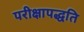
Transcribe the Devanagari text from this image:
परीक्षापद्धति